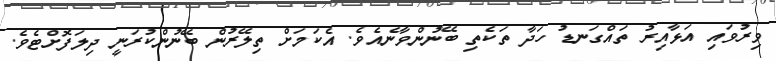
ވިރުވައި އަޅާއިރު ތައްގަނޑު ހަދާ ތަކެތި ބޭނުންވާނެއެވެ. އެކަމަށް ތިލޭރުން ބޭނުންކުރަނީ ދިލަފޮށްޓެވެ.